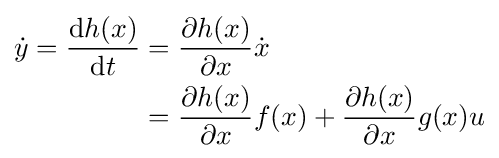
{\begin{aligned}{\dot {y}}={\frac {{\mathord {\operatorname {d} }}h(x)}{{\mathord {\operatorname {d} }}t}}&={\frac {\partial h(x)}{\partial x}}{\dot {x}}\\&={\frac {\partial h(x)}{\partial x}}f(x)+{\frac {\partial h(x)}{\partial x}}g(x)u\end{aligned}}